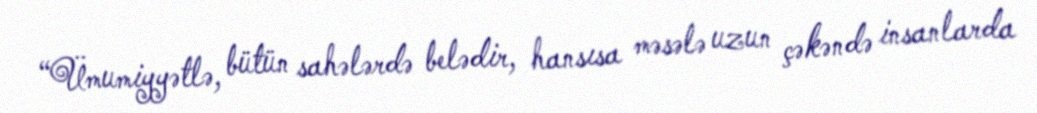
“Ümumiyyətlə, bütün sahələrdə belədir, hansısa məsələ uzun çəkəndə insanlarda